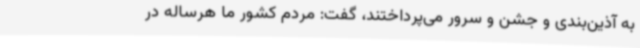
به آذین‌بندی و جشن و سرور می‌پرداختند، گفت: مردم کشور ما هرساله در